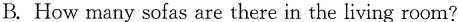
B.How many sofas are there in the living room?